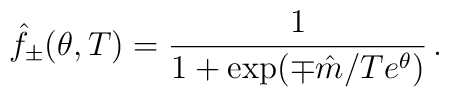
\hat{f}_{\pm }(\theta ,T)=\frac{1}{1+\exp (\mp \hat{m}/Te^{\theta })}\,.